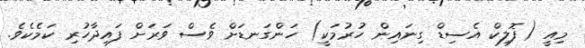
މިއީ (ފޮލިކް އެސިޑް ގިނައިން ހުރުމަކީ) ހަންގަނޑަށް ވެސް ވަރަށް ފައިދާހުރި ކަމެކެވެ.